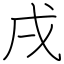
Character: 戌